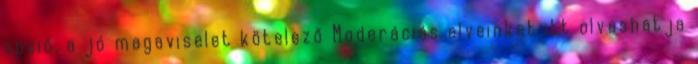
opció, a jó magaviselet kötelező Moderációs elveinket itt olvashatja